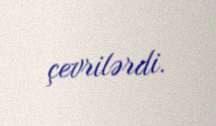
çevrilərdi.